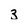
Character: 3